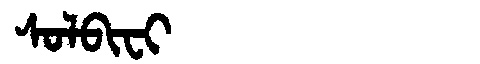
Manchu: ᠰᠣᠯᠪᡳᠸᡳ
Romanization: SOLBIFI